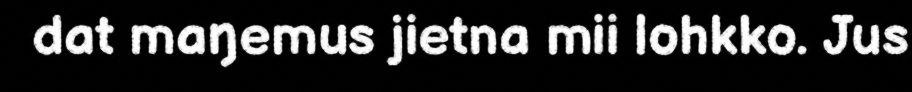
dat maŋemus jietna mii lohkko. Jus